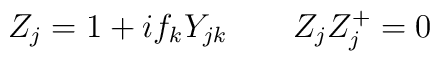
Z_j=1+if_kY_{jk}\qquad Z_jZ_j^{+}=0